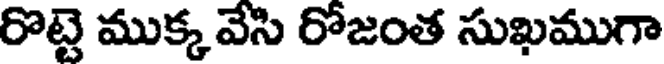
రొట్టె ముక్క వేసి రోజంత సుఖముగా